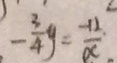
- \frac { 3 } { 4 } y = \frac { - 1 2 . } { \alpha }